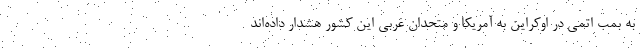
به بمب اتمی در اوکراین به آمریکا و متحدان غربی این کشور هشدار داده‌اند